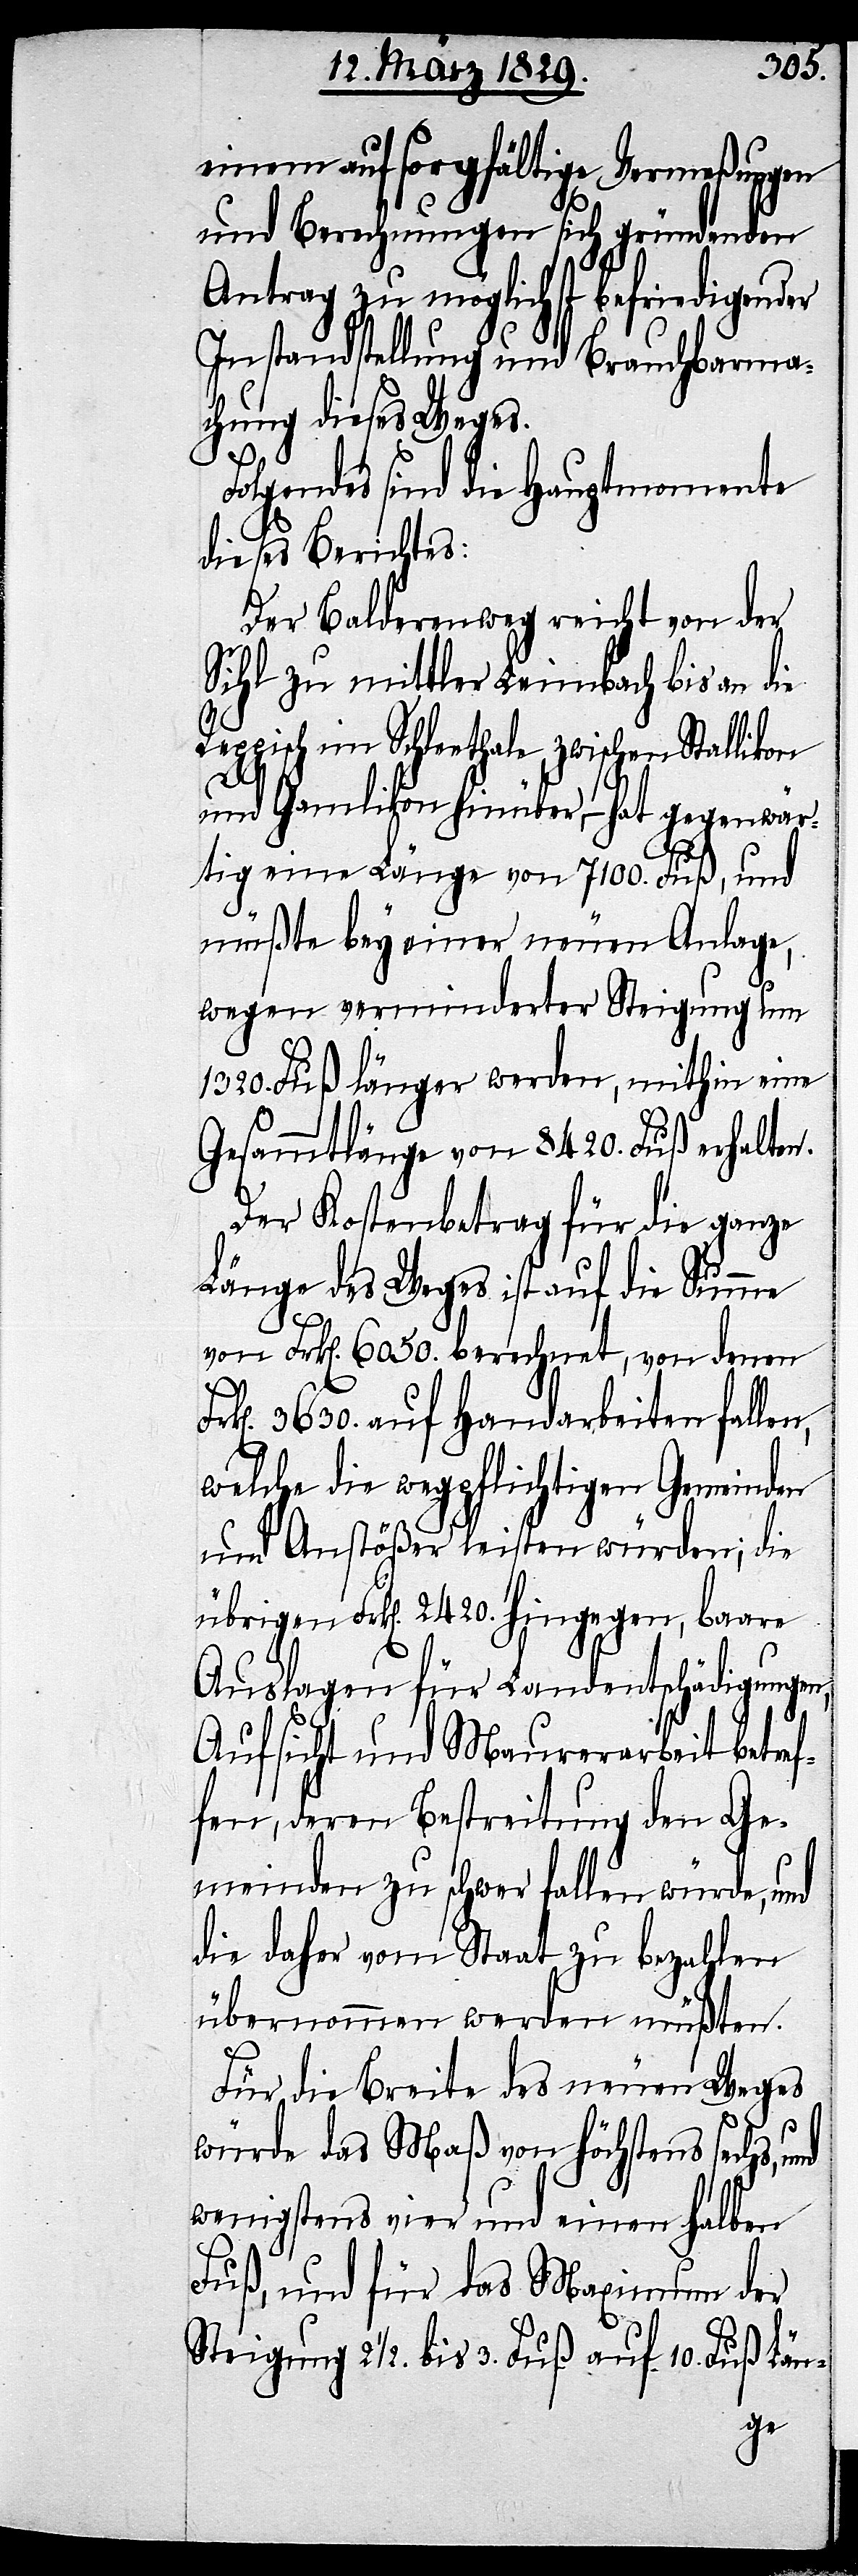
einem auf sorgfältige Vermeßungen
und Berechnungen sich gründenden
Antrag zu möglichst befriedigender
Instandhaltung und Brauchbarma¬
chung dieses Weges.
olgendes sind die Hauptmomente
dieses Berichtes:
Der Balderenweg reicht von der
Sihl zu mittler Leimbach bis an die
Reppisch im Schleethale zwischen Stallikon
und Gamlikon hinüber,– hat gegenwär¬
tig eine Länge von 7100. Fuß, und
müßte bey einer neuen Anlage,
wegen verminderter Steigung um
1320. Fuß länger werden, mithin eine
Gesammtlänge von 8420. Fuß erhalten.
Der Kostenbetrag für die ganze
Länge des Weges ist auf die Summe
von Frk[en]. 6050. berechnet, von denen
3630. auf Handarbeiten fallen,
welche die wegpflichtigen Gemeinden
und Anstößer leisten würden; die
übrigen Frk[en]. 2420. hingegen, baare
Auslagen für Landentschädigungen,
Aufsicht und Maurerarbeit betre¬
n[d], deren Bestreitung den Ge¬
meinden zu schwer fallen würde, und
die daher vom Staat zu bezahlen
übernommen werden müßten.
Für die Breite des neuen Weges
würde das Maß von höchstens sechs,
wenigstens vier und einen halben
Fuß, und für das Maximum der
Steigung 2½. bis 3. Fuß auf 10. Fuß Län-
ffe¬